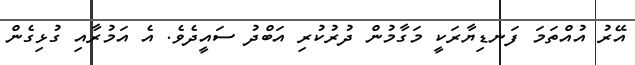
އޭރު އުއްތަމަ ފަނޑިޔާރަކީ މަގާމުން ދުރުކުރި އަބްދު ސައީދެވެ. އެ އަމުރާއި ގުޅިގެން